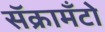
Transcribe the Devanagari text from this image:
सॅक्रामँटो